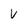
Character: V